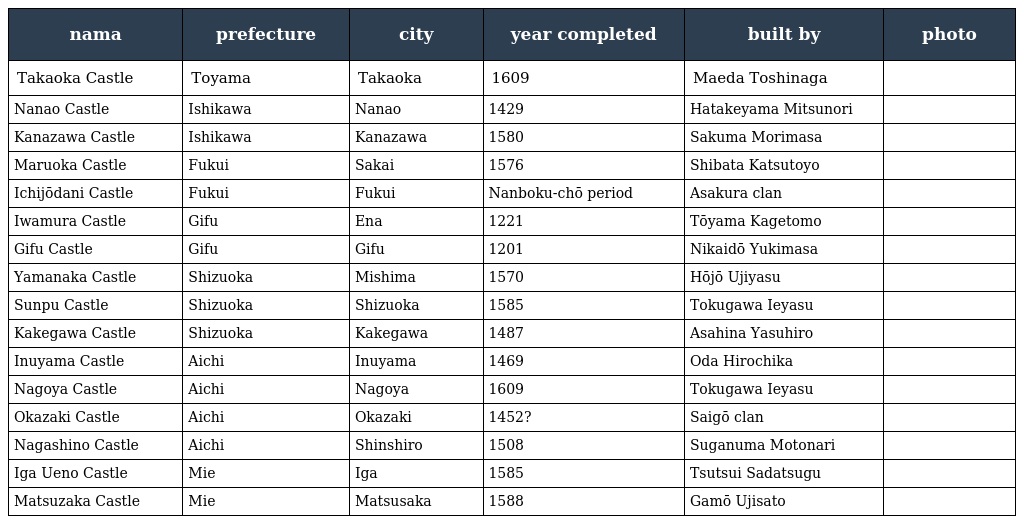
| nama | prefecture | city | year completed | built by | photo |
 | --- | --- | --- | --- | --- | --- |
 | Takaoka Castle 高岡城 | Toyama | Takaoka | 1609 | Maeda Toshinaga |  |
 | Nanao Castle 七尾城 | Ishikawa | Nanao | 1429 | Hatakeyama Mitsunori |  |
 | Kanazawa Castle 金沢城 | Ishikawa | Kanazawa | 1580 | Sakuma Morimasa |  |
 | Maruoka Castle 丸岡城 | Fukui | Sakai | 1576 | Shibata Katsutoyo |  |
 | Ichijōdani Castle 一乗谷城 | Fukui | Fukui | Nanboku-chō period | Asakura clan |  |
 | Iwamura Castle 岩村城 | Gifu | Ena | 1221 | Tōyama Kagetomo |  |
 | Gifu Castle 岐阜城 | Gifu | Gifu | 1201 | Nikaidō Yukimasa |  |
 | Yamanaka Castle 山中城 | Shizuoka | Mishima | 1570 | Hōjō Ujiyasu |  |
 | Sunpu Castle 駿府城 | Shizuoka | Shizuoka | 1585 | Tokugawa Ieyasu |  |
 | Kakegawa Castle 掛川城 | Shizuoka | Kakegawa | 1487 | Asahina Yasuhiro |  |
 | Inuyama Castle 犬山城 | Aichi | Inuyama | 1469 | Oda Hirochika |  |
 | Nagoya Castle 名古屋城 | Aichi | Nagoya | 1609 | Tokugawa Ieyasu |  |
 | Okazaki Castle 岡崎城 | Aichi | Okazaki | 1452? | Saigō clan |  |
 | Nagashino Castle 長篠城 | Aichi | Shinshiro | 1508 | Suganuma Motonari |  |
 | Iga Ueno Castle 伊賀上野城 | Mie | Iga | 1585 | Tsutsui Sadatsugu |  |
 | Matsuzaka Castle 松阪城 | Mie | Matsusaka | 1588 | Gamō Ujisato |  |